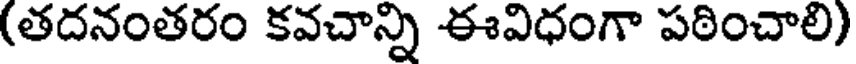
(తదనంతరం కవచాన్ని ఈవిధంగా పఠించాలి)